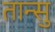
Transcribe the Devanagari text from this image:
तान्सु